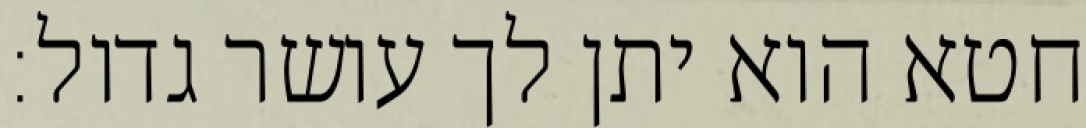
חטא הוא יתן לך עושר גדול: